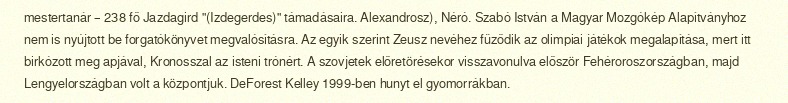
mestertanár – 238 fő Jazdagird "(Izdegerdes)" támadásaira. Alexandrosz), Néró. Szabó István a Magyar Mozgókép Alapítványhoz nem is nyújtott be forgatókönyvet megvalósításra. Az egyik szerint Zeusz nevéhez fűződik az olimpiai játékok megalapítása, mert itt birkózott meg apjával, Kronosszal az isteni trónért. A szovjetek előretörésekor visszavonulva először Fehéroroszországban, majd Lengyelországban volt a központjuk. DeForest Kelley 1999-ben hunyt el gyomorrákban.